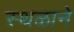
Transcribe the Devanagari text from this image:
स्थळाने